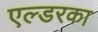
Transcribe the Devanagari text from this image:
एल्डरका